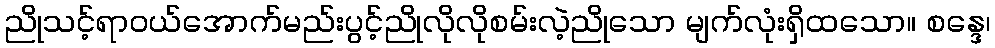
ညိုသင့်ရာဝယ်အောက်မည်းပွင့်ညိုလိုလိုစမ်းလဲ့ညိုသော မျက်လုံးရှိထသော။ စန္ဒေ၊